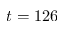
t = 1 2 6